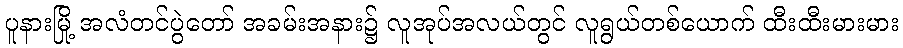
ပူနားမြို့ အလံတင်ပွဲတော် အခမ်းအနား၌ လူအုပ်အလယ်တွင် လူရွယ်တစ်ယောက် ထီးထီးမားမား